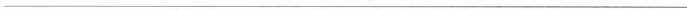
___